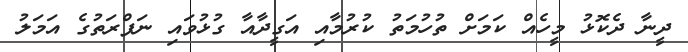
ދީނާ ދެކޮޅު މީހެއް ކަމަށް ތުހުމަތު ކުރުމާއި އަގީދާއާ ގުޅުވައި ނަފްރަތުގެ އަމަލު